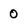
Character: 0